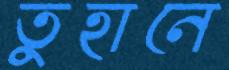
তুহানে